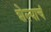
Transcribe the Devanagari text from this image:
शेल्याचं